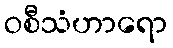
ဝစီသံဟာရော